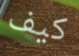
كيف